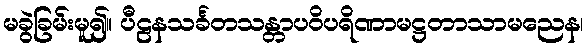
မခွဲခြမ်းမူ၍။ ပီဠနသင်္ခတသန္တာပဝိပရိဏာမဋ္ဌတာသာမညေန၊